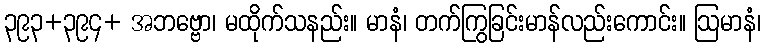
၃၉၃+၃၉၄+ အဘဗ္ဗော၊ မထိုက်သနည်း။ မာနံ၊ တက်ကြွခြင်းမာန်လည်းကောင်း။ ဩမာနံ၊